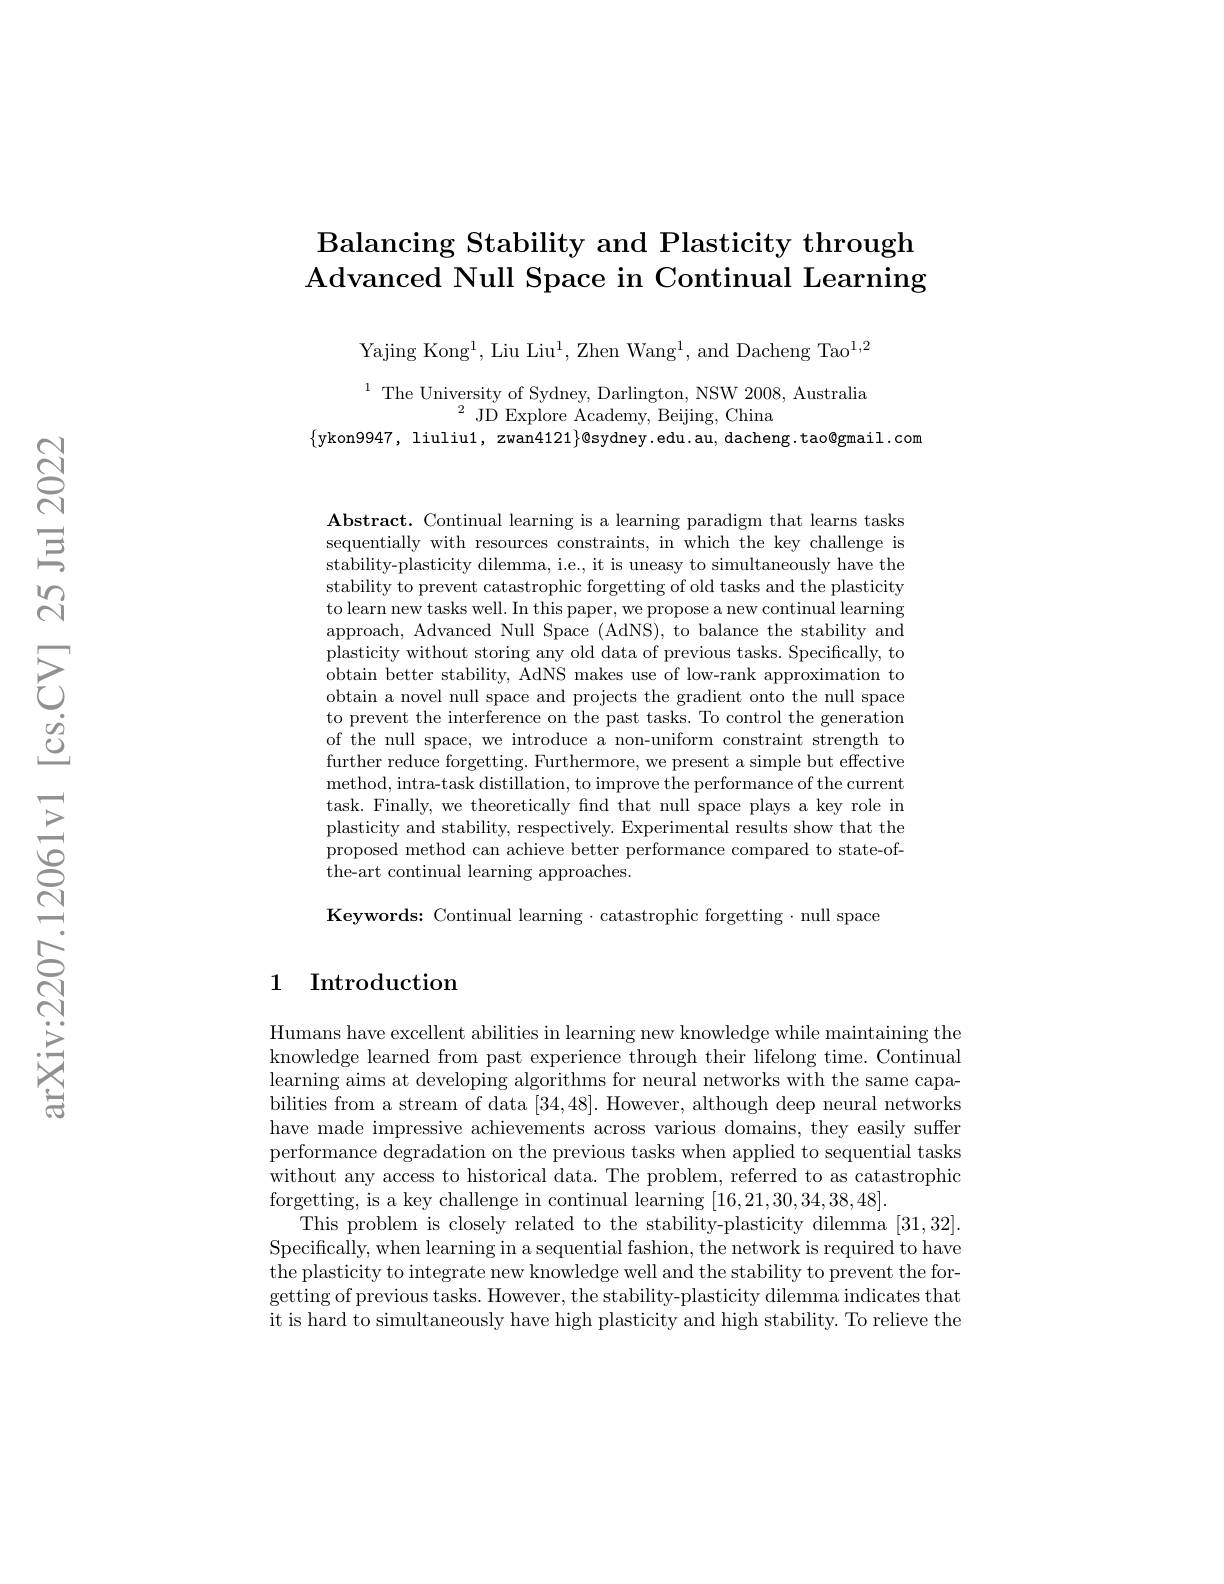
# Balancing Stability and Plasticity through Advanced Null Space in Continual Learning

Yajing Kong$^1$, Liu Liu$^1$, Zhen Wang$^1$, and Dacheng Tao$^1,2$

$^{1}$The University of Sydney, Darlington, NSW 2008, Australia
$^{2}{\mathrm{~JD~Explore~Academy,~Beijing,~China}}$
$\{$ykon9947, liuliu1, zwan4121$\}$@sydney.edu.au, dacheng.tao@gmail.com

$\textbf{Abstract. Continual learning is a learning paradigm that learns tasks}$ sequentially with resources constraints, in which the key challenge is stability-plasticity dilemma, i.e., it is uneasy to simultaneously have the stability to prevent catastrophic forgetting of old tasks and the plasticity to learn new tasks well. In this paper, we propose a new continual learning approach, Advanced Null Space (AdNS), to balance the stability and plasticity without storing any old data of previous tasks. Specifically, to obtain better stability, AdNS makes use of low-rank approximation to obtain a novel null space and projects the gradient onto the null space to prevent the interference on the past tasks. To control the generation of the null space, we introduce a non-uniform constraint strength to further reduce forgetting. Furthermore, we present a simple but effective method, intra- task distillation, to improve the performance of the current task. Finally, we theoretically fnd that null space plays a key role in plasticity and stability, respectively. Experimental results show that the proposed method can achieve better performance compared to state-ofthe-art continual learning approaches.

Keywords: Continual learning $\cdot$catastrophic forgetting$\cdot$null space

## 1 Introduction

Humans have excellent abilities in learning new knowledge while maintaining the knowledge learned from past experience through their lifelong time. Continual learning aims at developing algorithms for neural networks with the same capabilities from a stream of data [34,48]. However, although deep neural networks have made impressive achievements across various domains, they easily suffer performance degradation on the previous tasks when applied to sequential tasks without any access to historical data. The problem, referred to as catastrophic forgetting, is a key challenge in continual learning [16,21,30,34,38,48].
This problem is closely related to the stability-plasticity dilemma [31,32]. Specifically, when learning in a sequential fashion, the network is required to have the plasticity to integrate new knowledge well and the stability to prevent the forgetting of previous tasks. However, the stability-plasticity dilemma indicates that it is hard to simultaneously have high plasticity and high stability. To relieve the